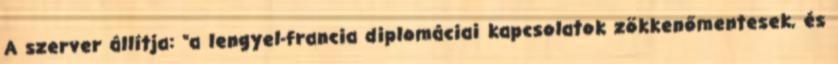
A szerver állítja: “a lengyel-francia diplomáciai kapcsolatok zökkenőmentesek, és